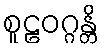
စူဠဝဂ္ဂန္တိ